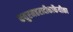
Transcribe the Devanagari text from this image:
कतुरमहरादीकाकैयीका